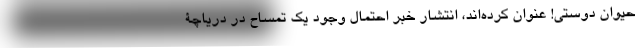
حیوان دوستی! عنوان کرده‌اند، انتشار خبر احتمال وجود یک تمساح در دریاچۀ